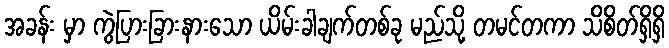
အခန်း မှာ ကွဲပြားခြားနားသော ယိမ်းခါချက်တစ်ခု မည်သို့ တမင်တကာ သိစိတ်ရှိရှိ